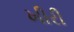
ખીરી